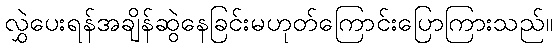
လွှဲပေးရန်အချိန်ဆွဲနေခြင်းမဟုတ်ကြောင်းပြောကြားသည်။